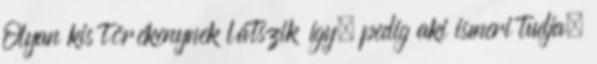
Olyan kis törékenynek látszik így, pedig aki ismeri tudja,